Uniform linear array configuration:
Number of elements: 48
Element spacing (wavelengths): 1
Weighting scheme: kaiser
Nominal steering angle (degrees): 30
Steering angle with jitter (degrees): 31.591
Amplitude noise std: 0.05
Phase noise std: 0.05

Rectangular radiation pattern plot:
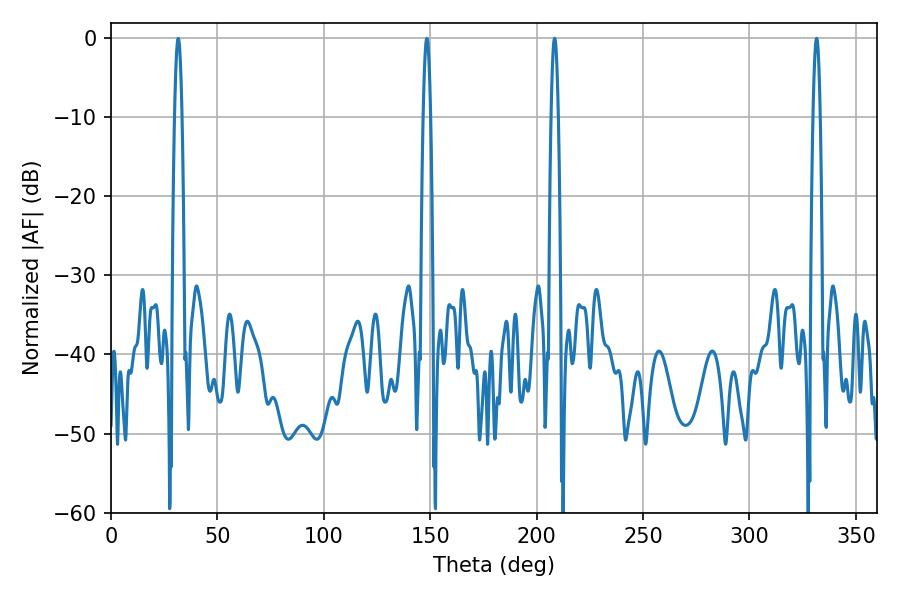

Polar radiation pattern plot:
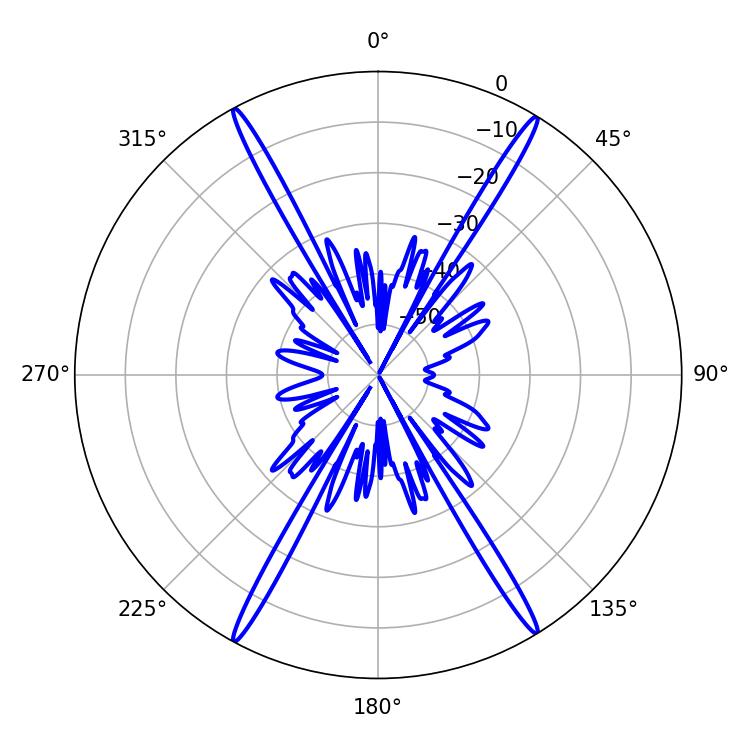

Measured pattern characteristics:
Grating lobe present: TRUE
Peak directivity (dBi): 26.394
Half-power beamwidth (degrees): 1.8
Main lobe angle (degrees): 208.44